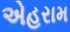
એહરામ